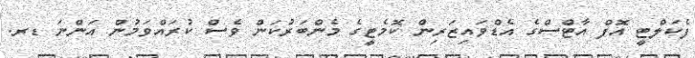
ފެކަލްޓީ އޮފް އާޓްސްގެ އެޑްވައިޒަރިން ކޮމެޓީގެ މެންބަރުކަން ވެސް ކުރައްވަމުން އަންނަ ޑރ.